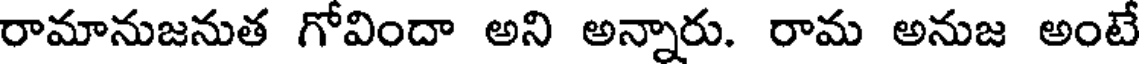
రామానుజనుత గోవిందా అని అన్నారు. రామ అనుజ అంటే